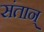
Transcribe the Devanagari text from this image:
संतान्